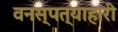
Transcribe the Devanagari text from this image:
वनस्पत्याहारी